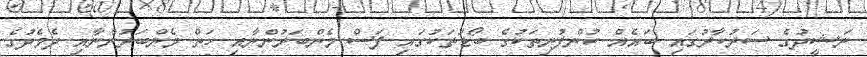
ނަޝީދުގެ ސަރުކާރުގައި ބައެއް ކުންފުނިތަކުގެ ބޯޑުތަކުގައި ފަސް މެންބަރުންނާއި ހަތް މެންބަރުންނާއި ދެމެދުގެ